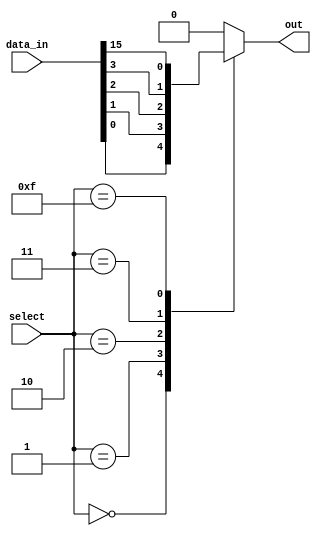
module mux_16_1 (
    input [15:0] data_in,
    input [3:0] select,
    output reg out
);

reg [15:0] temp_out;

always @(*)
begin
    case (select)
        4'b0000: temp_out = data_in[0];
        4'b0001: temp_out = data_in[1];
        4'b0010: temp_out = data_in[2];
        4'b0011: temp_out = data_in[3];
        // add cases for the rest of the input lines
        // 4'b0100: temp_out = data_in[4];
        // 4'b0101: temp_out = data_in[5];
        // ...
        4'b1111: temp_out = data_in[15];
        default: temp_out = 0; // default case
    endcase
end

always @(*)
begin
    out = temp_out;
end

endmodule